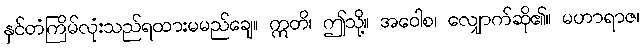
နှင်တံကြိမ်လုံးသည်ရထားမမည်ချေ။ ဣတိ၊ ဤသို့။ အဝေါစ၊ လျှောက်ဆို၏။ မဟာရာဇ၊